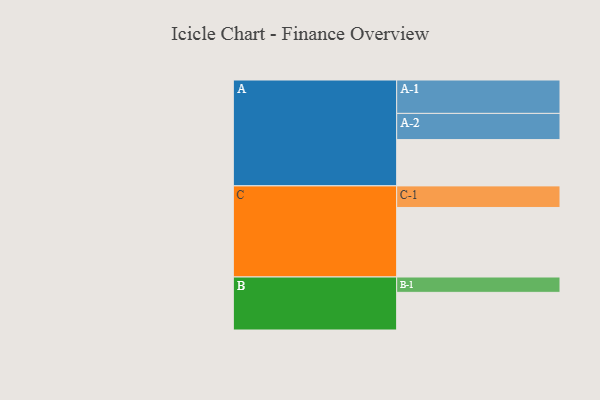
{"axis": {"x": "Segment", "y": "Value"}, "legend": ["", "A", "B", "C"], "data": [{"x": "A", "y": 392, "type": ""}, {"x": "B", "y": 319, "type": ""}, {"x": "C", "y": 589, "type": ""}, {"x": "A-1", "y": 283, "type": "A"}, {"x": "A-2", "y": 222, "type": "A"}, {"x": "B-1", "y": 130, "type": "B"}, {"x": "C-1", "y": 183, "type": "C"}]}